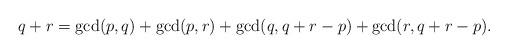
LaTeX: \begin{align*}q+r=\gcd(p,q)+\gcd(p,r)+\gcd(q,q+r-p)+\gcd(r,q+r-p).\end{align*}